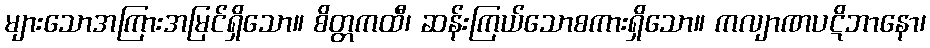
များသောအကြားအမြင်ရှိသော။ စိတ္တကထီ၊ ဆန်းကြယ်သောစကားရှိသော။ ကလျာဏပဋိဘာနော၊